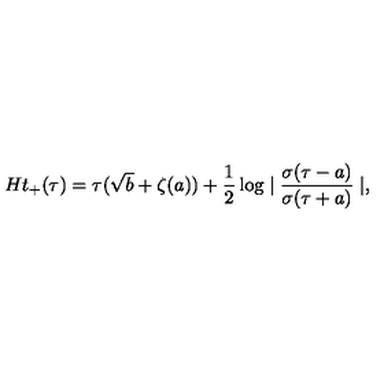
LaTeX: H t _ { + } ( \tau ) = \tau ( \sqrt { b } + \zeta ( a ) ) + \frac { 1 } { 2 } \log \mid \frac { \sigma ( \tau - a ) } { \sigma ( \tau + a ) } \mid ,